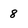
Character: 8